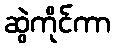
ဆွဲကိုင်ကာ